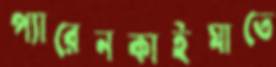
প্যারেনকাইমাতে